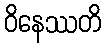
ဝိနေဿတိ